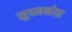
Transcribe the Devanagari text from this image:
सुपननोवा